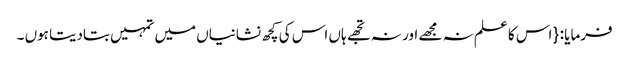
فرمایا : { اس کا علم نہ مجھے اور نہ تجھے ہاں اس کی کچھ نشانیاں میں تمہیں بتادیتا ہوں ۔